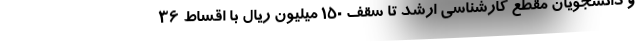
و دانشجویان مقطع کارشناسی ارشد تا سقف ١٥٠ میلیون ریال با اقساط ٣٦